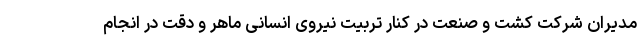
مدیران شرکت کشت و صنعت در کنار تربیت نیروی انسانی ماهر و دقت در انجام